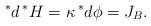
LaTeX: \begin{align*}\,^{*}d\,^{*}H=\kappa \,^{*}d\phi = J_B . \end{align*}